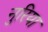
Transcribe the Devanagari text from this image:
नुरिया